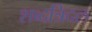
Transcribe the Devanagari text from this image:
शब्दत्रिदल